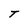
Character: T